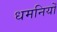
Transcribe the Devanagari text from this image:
धमनियोँ